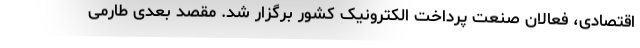
اقتصادی، فعالان صنعت پرداخت الکترونیک کشور برگزار شد. مقصد بعدی طارمی